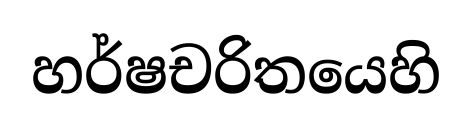
හර්ෂචරිතයෙහි